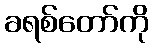
ခရစ်တော်ကို